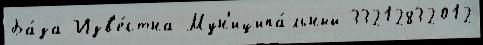
Ба́за Изв'е́стна Мун'иципа́льный 33212832012